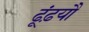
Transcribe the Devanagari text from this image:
ढूंढ़यौ